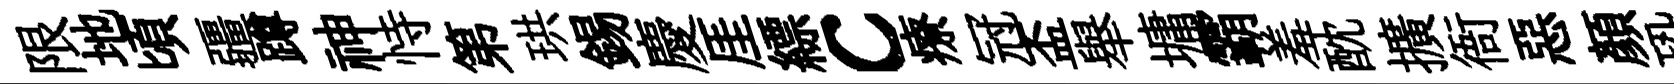
限地頃疆蹲神恃第珙錫慶厓縹c療冠盃舉墉霸羞酖擴衙惡顔恐